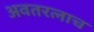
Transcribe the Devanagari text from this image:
अवतरलाच